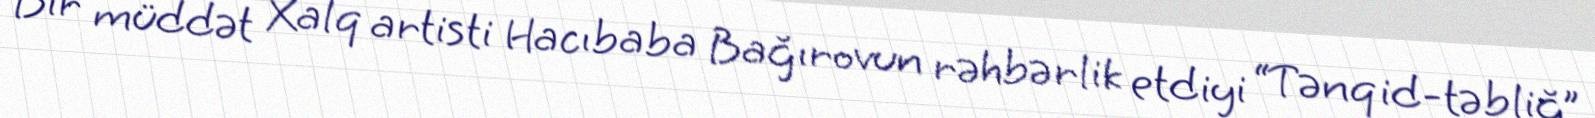
Bir müddət Xalq artisti Hacıbaba Bağırovun rəhbərlik etdiyi “Tənqid-təbliğ”